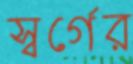
স্বর্গের